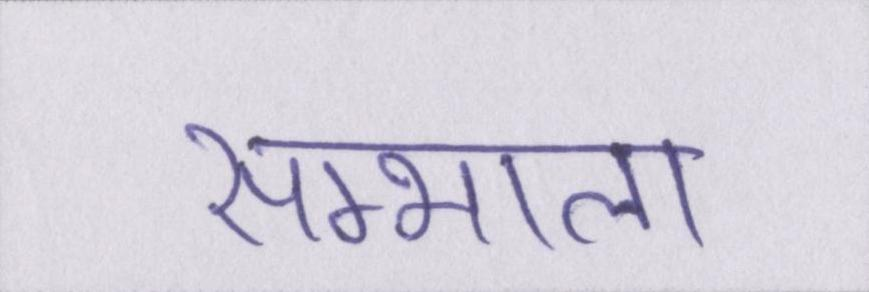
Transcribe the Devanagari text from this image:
सम्भाला